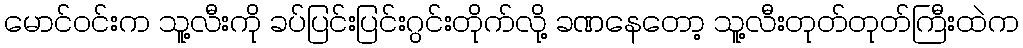
မောင်ဝင်းက သူ့လီးကို ခပ်ပြင်းပြင်းဂွင်းတိုက်လို့ ခဏနေတော့ သူ့လီးတုတ်တုတ်ကြီးထဲက